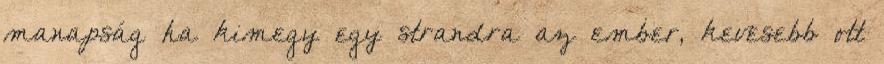
manapság ha kimegy egy strandra az ember, kevesebb ott